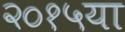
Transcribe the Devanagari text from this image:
२०१५या